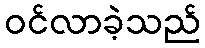
ဝင်လာခဲ့သည်